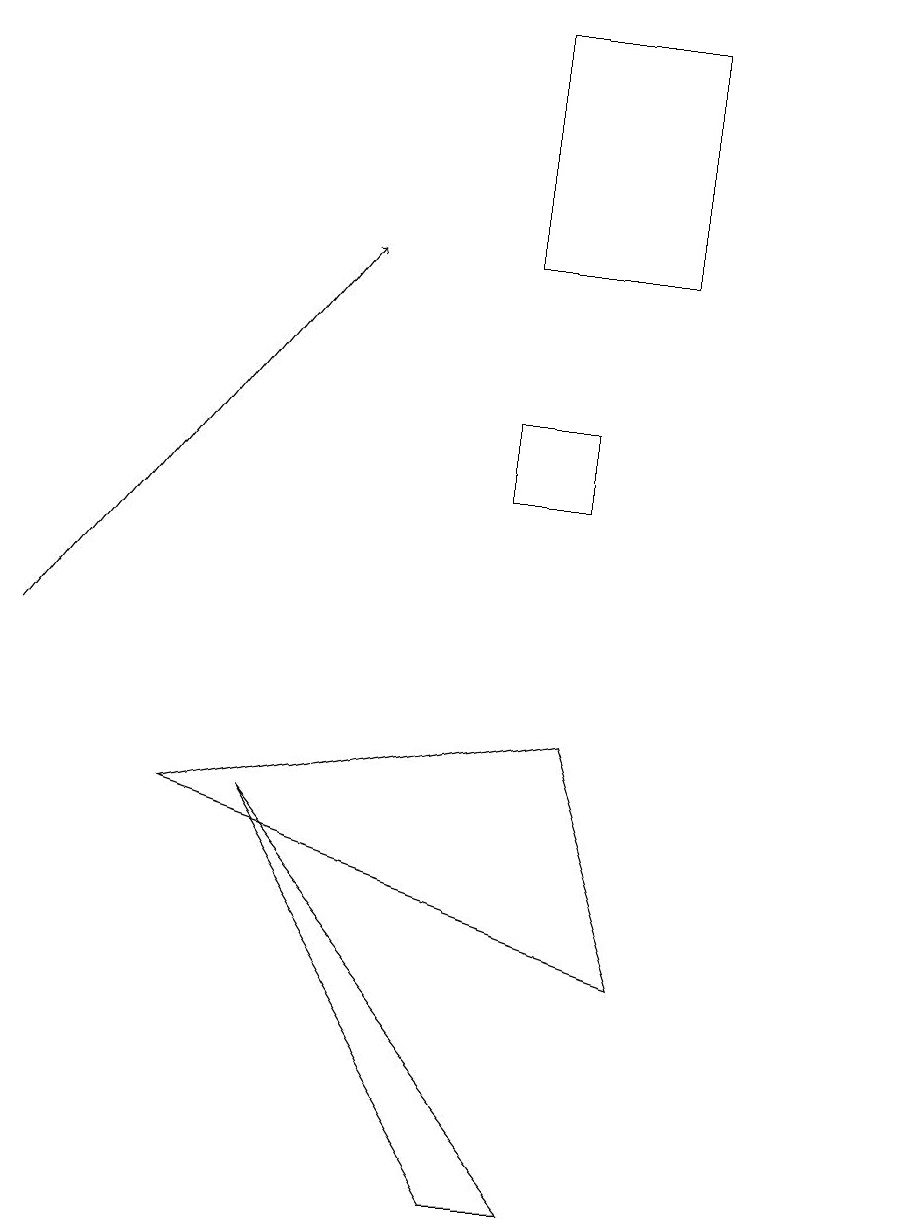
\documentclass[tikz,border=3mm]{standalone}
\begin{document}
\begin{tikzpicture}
\draw (6,12) rectangle (7,13);
\draw[->] (0,10) -- (4,15);
\draw (8,18) rectangle (6,15);
\draw (10,10) circle (0);
\draw (11,10) circle (0);
\draw (8,6) -- (7,9) -- (2,8) -- cycle;
\draw (7,3) -- (6,3) -- (3,8) -- cycle;
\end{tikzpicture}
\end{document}